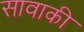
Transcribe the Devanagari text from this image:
सावाकी